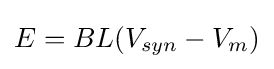
E=BL(V_{syn}-V_{m})